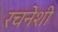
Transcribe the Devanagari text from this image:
रचनेशी